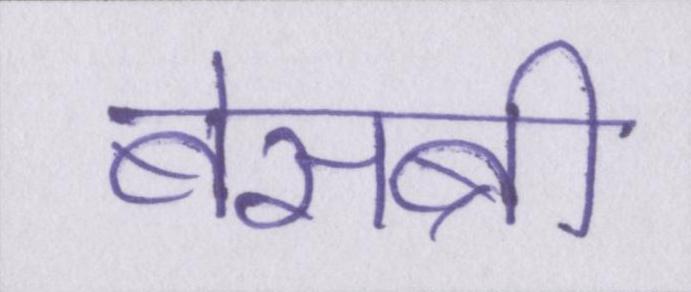
बेसब्री